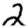
Digit: 2